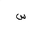
Letter: _sin